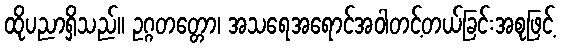
ထိုပညာရှိသည်။ ဥဂ္ဂတတ္တော၊ အသရေအရောင်အဝါတင့်တယ်ခြင်းအစုဖြင့်